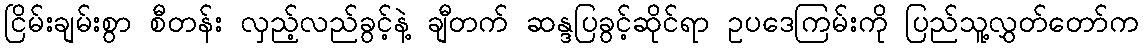
ငြိမ်းချမ်းစွာ စီတန်း လှည့်လည်ခွင့်နဲ့ ချီတက် ဆန္ဒပြခွင့်ဆိုင်ရာ ဥပဒေကြမ်းကို ပြည်သူ့လွှတ်တော်က